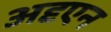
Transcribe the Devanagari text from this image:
अदृएन